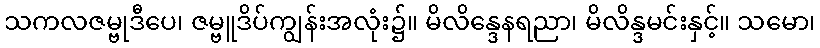
သကလဇမ္ဗုဒီပေ၊ ဇမ္ဗူဒိပ်ကျွန်းအလုံး၌။ မိလိန္ဒေနရညာ၊ မိလိန္ဒမင်းနှင့်။ သမော၊